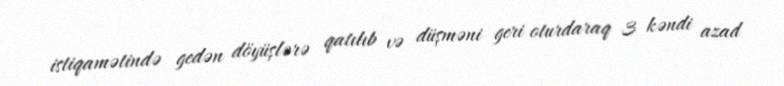
istiqamətində gedən döyüşlərə qatılıb və düşməni geri oturdaraq 3 kəndi azad